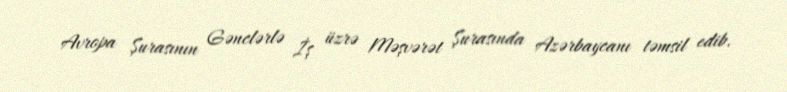
Avropa Şurasının Gənclərlə İş üzrə Məşvərət Şurasında Azərbaycanı təmsil edib.